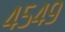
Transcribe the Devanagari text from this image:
४५४९